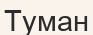
Туман